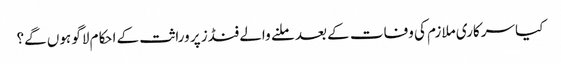
کیا سرکاری ملازم کی وفات کے بعد ملنے والے فنڈز پر وراثت کے احکام لاگو ہوں‌ گے؟